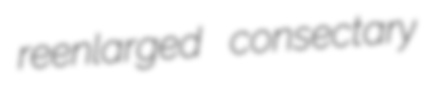
reenlarged consectary